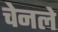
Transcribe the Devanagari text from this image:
चेनले